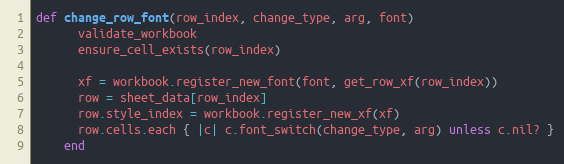
Language: Ruby
def change_row_font(row_index, change_type, arg, font)
      validate_workbook
      ensure_cell_exists(row_index)

      xf = workbook.register_new_font(font, get_row_xf(row_index))
      row = sheet_data[row_index]
      row.style_index = workbook.register_new_xf(xf)
      row.cells.each { |c| c.font_switch(change_type, arg) unless c.nil? }
    end